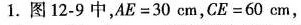
1.图12-9中，AE=30cm，CE=60cm，